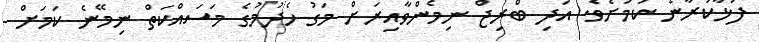
ފުޅާކުރާނެ ކަމަށެވެ. އަދި ބްރިޖް ނިމެންވާއިރަށް މަގު ހެދުމުގެ މަސައްކަތް ނިމޭނެ ކަމަށް